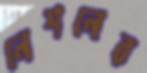
নেশনের